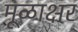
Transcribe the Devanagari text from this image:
मूळाक्षर